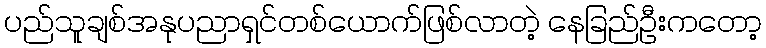
ပည်သူချစ်အနုပညာရှင်တစ်ယောက်ဖြစ်လာတဲ့ နေခြည်ဦးကတော့